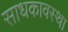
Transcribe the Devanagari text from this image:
साधकावस्था